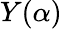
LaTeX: Y(\alpha)